Vaccine operations Central Provinces 1868-1885 - 1868-1885
Year: 1868
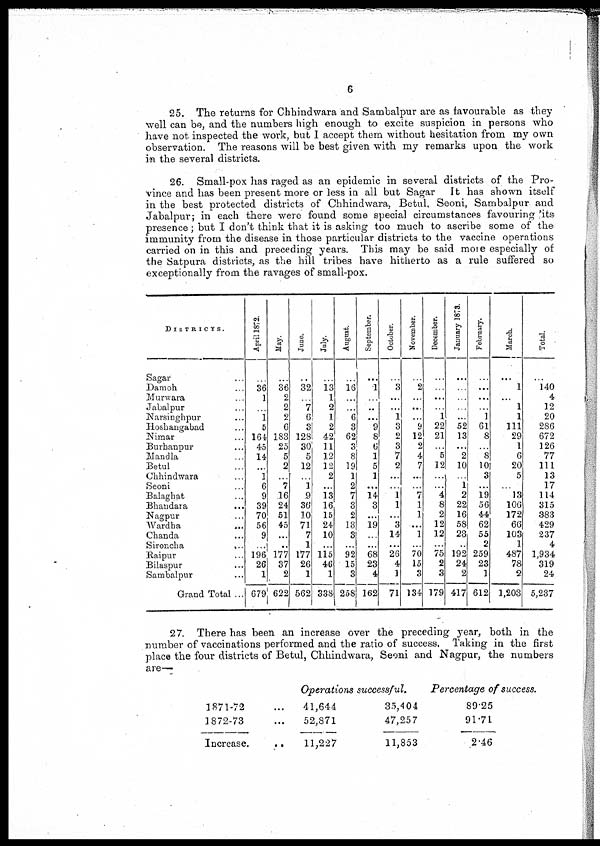
6
25. The returns for Chhindwara and Sambalpur are as favourable as they
well can be, and the numbers high enough to excite suspicion in persons who
have not inspected the work, but I accept them without hesitation from my own
observation. The reasons will be best given with my remarks upon the work
in the several districts.
26. Small-pox has raged as an epidemic in several districts of the Pro-
vince and has been present more or less in all but Sagar It has shown itself
in the best protected districts of Chhindwara, Betul, Seoni, Sambalpur and
Jabalpur; in each there were found some special circumstances favouring its
presence; but I don't think that it is asking too much to ascribe some of the
immunity from the disease in those particular districts to the vaccine operations
carried on in this and preceding years. This may be said more especially of
the Satpura districts, as the hill tribes have hitherto as a rule suffered so
exceptionally from the ravages of small-pox.
DISTRICTS.
Sagar ..
Damoh
. .
Murwara ...
Jabalpur ...
Narsinghpur ...
Hoshangabad ...
Nimar ...
Burhaupur
Mandla ...
Betul ...
Chhindwara ...
Seoni ...
Balaghat ...
Bhaudara
...
Nagpur ...
Wardha
...
Chanda ...
Sironcha
...
Raipur ...
Bilaspur ...
Sambalpur ...
Grand Total ...
April 1872
..
36
1
...
1
5
164
45
14
...
1
6
9
39
70
56
9
...
196
26
1
679
May.
...
36
2
2
2
6
183
25
5
2
...
7
16
24
51
45
...
..
177
37
2
622
June.
..
32
..
7
6
3
123
30
5
12
...
1
9
36
10
71
7
1
177
26
1
562
July.
..
13
1
2
1
2
42
11
12
12
2
...
13
16
15
24
10
...
115
46
1
338
August.
...
16
...
...
6
3
62
3
8
19
1
2
7
3
2
13
3
...
92
15
3
258
September.
...
1
...
...
...
9
8
6
1
5
1
...
14
3
...
19
...
...
68
23
4
162
October.
...
3
...
...
1
3
2
3
7
2
...
...
1
1
...
3
14
...
26
4
1
71
November.
...
2
...
...
...
9
12
2
4
7
...
...
7
1
1
...
1
...
70
15
3
134
December.
...
...
...
...
1
22
21
...
5
12
...
...
4
8
2
12
12
...
75
2
3
179
January 1873.
...
...
...
...
...
52
13
...
2
10
...
1
2
22
16
58
23
..
192
24
2
417
February.
...
...
...
...
1
61
8
...
8
10
3
...
19
56
44
62
55
2
259
23
1
612
March.
...
1
...
1
1
111
29
1
6
20
5
...
13
106
172
66
103
1
487
78
2
1,203
Total.
...
140
4
12
20
286
672
126
77
111
13
17
114
315
383
429
237
4
1,934
319
24
5,237
27. There has been an increase over the preceding year, both in the
number of vaccinations performed and the ratio of success. Taking in the first
place the four districts of Betul, Chhindwara, Seoni and Nagpur, the numbers
are—
1871-72 ...
1872-73 ...
Increase.
..
Operations successful.
41,644
52,871
11,227
35,404
47,257
11,853
Percentage of success.
89.25
91.71
2.46